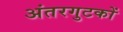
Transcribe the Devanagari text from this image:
अंतरगुटकों